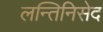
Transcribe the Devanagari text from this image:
लन्तिनिसेद